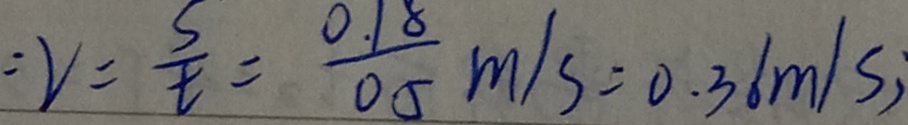
V = \frac { s } { t } = \frac { 0 . 1 8 } { 0 . 5 } m / s = 0 . 3 6 m / s ,